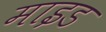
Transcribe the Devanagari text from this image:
माइड